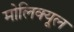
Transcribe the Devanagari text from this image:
मोलिक्यूल